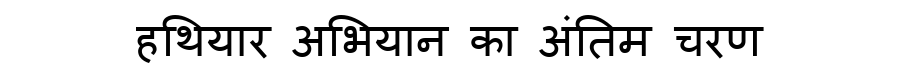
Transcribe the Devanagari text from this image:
हथियार अभियान का अंतिम चरण